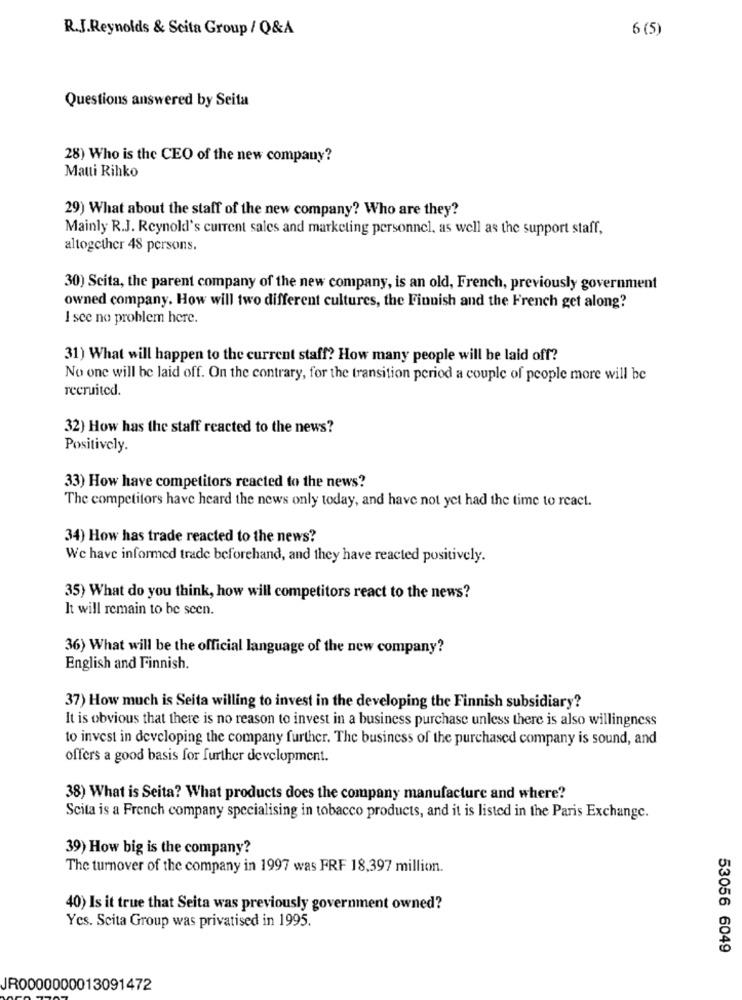
R.J.Reynolds & Scita Group / Q&A
6 (5)
Questions answered by Seita
28) Who is the CEO of the new company?
Matti Rihko
29) What about the staff of the new company? Who are they?
Mainly R.J. Reynold's current sales and marketing personnel, as well as the support staff,
altogether 48 persons.
30) Scita, the parent company of the new company, is an old, French, previously government
owned company. How will two different cultures, the Finnish and the French get along?
I see no problem here.
31) What will happen to the current staff? How many people will be laid off?
No one will be laid off. On the contrary, for the transition period a couple of people more will be
recruited.
32) How has the staff reacted to the news?
Positively.
33) How have competitors reacted to the news?
The competitors have heard the news only today, and have not yet had the time to react.
34) How has trade reacted to the news?
We have informed trade beforehand, and they have reacted positively.
35) What do you think, how will competitors react to the news?
It will remain to be seen.
36) What will be the official language of the new company?
English and Finnish.
37) How much is Seita willing to invest in the developing the Finnish subsidiary?
It is obvious that there is no reason to invest in a business purchase unless there is also willingness
to invest in developing the company further. The business of the purchased company is sound, and
offers a good basis for further development.
38) What is Seita? What products does the company manufacture and where?
Scita is a French company specialising in tobacco products, and it is listed in the Paris Exchange.
39) How big is the company?
The turnover of the company in 1997 was FRF 18,397 million.
40) Is it true that Seita was previously government owned?
Yes. Scita Group was privatised in 1995.
53056 6049
JR0000000013091472